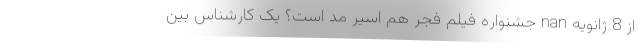
از 8 ژانویه nan جشنواره فیلم فجر هم اسیر مُد است؟ یک کارشناس بین‌